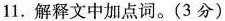
11.解释文中加点词。(3分)